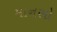
માનસો